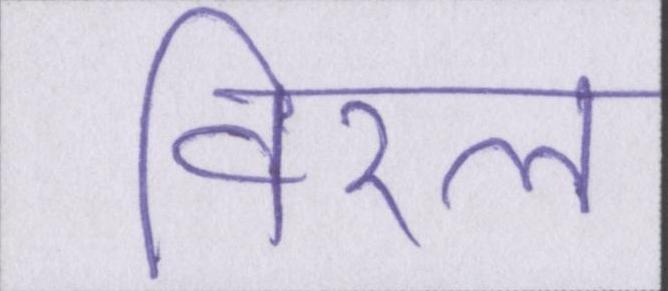
विरल